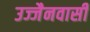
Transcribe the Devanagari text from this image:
उज्जैनवासी